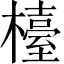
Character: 檯